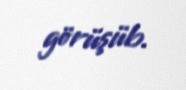
görüşüb.